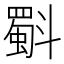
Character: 斣